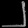
Digit: ၂